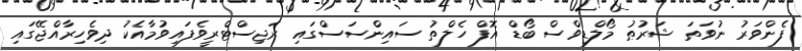
ފެންވަރު ނުވަތަ ޝަރުޠު މޯލްޑިވްސް ބޯޑް އޮފް ހެލްތު ސައިންސަސްގައި ރަޖިސްޓްރީވެފައިވުމާއެކު ދިވެހިރާއްޖޭގައި